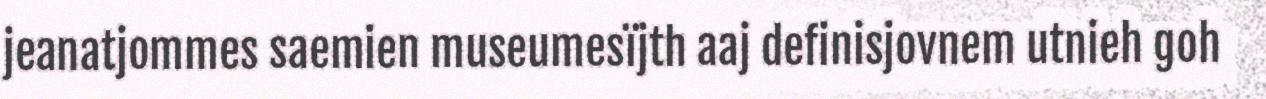
jeanatjommes saemien museumesïjth aaj definisjovnem utnieh goh